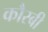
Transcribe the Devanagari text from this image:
कौस्बी